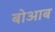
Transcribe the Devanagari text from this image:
बोआब